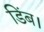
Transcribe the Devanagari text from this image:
डिंब।